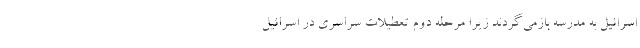
اسرائیل به مدرسه بازمی‌گردند زیرا مرحله دوم تعطیلات سراسری در اسرائیل